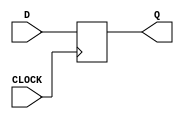
`timescale 1ns / 1ps

//basic D flip flop, check on posEdge CLOCK
module posE_dff(input CLOCK, D, output reg Q = 0);
    always @ (posedge CLOCK) begin
        Q <= D;
    end

endmodule